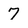
Character: 7